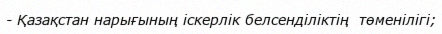
- Қазақстан нарығының іскерлік белсенділіктің  төменілігі;